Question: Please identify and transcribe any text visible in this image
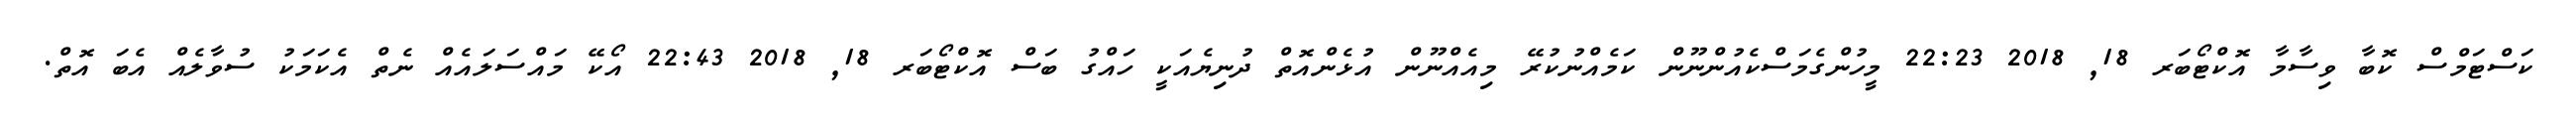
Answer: ކަސްޓަމްސް ކޮބާ ވިސާމާ އޮކްޓޯބަރ 18, 2018 22:23 މީހުންގެމަސްކެއުންނޫން ކަމެއްނުކުރޭ މިއެއްނޫން އުޅެންއޮތް ދުނިޔެއަކީ ހައްގު ބަސް އޮކްޓޯބަރ 18, 2018 22:43 އޯކޭ މައްސަލައެއް ނެތް އެކަމަކު ސުވާލެއް އެބަ އޮތް.